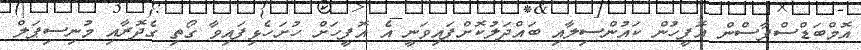
އޮމްބަޑްސްޕާސްން އޮފީހުން ކައުންސިލާއި ބައްދަލުކޮށްފައިވަނީ އެ އޮފީހަށް ހުށަހެޅިފައިވާ ގޯތި ގެދޮރާއި މުނިސިޕަލް